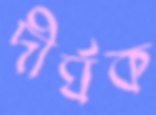
দীর্ঘক